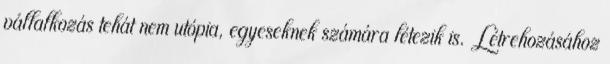
vállalkozás tehát nem utópia, egyeseknek számára létezik is. Létrehozásához